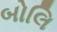
બોલિ